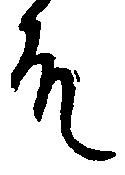
殿